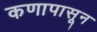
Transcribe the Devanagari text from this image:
कणापासून